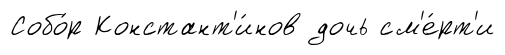
Собо́р Констант'и́нов дочь см'е́рт'и